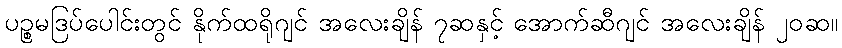
ပဉ္စမဒြပ်ပေါင်းတွင် နိုက်ထရိုဂျင် အလေးချိန် ၇ဆနှင့် အောက်ဆီဂျင် အလေးချိန် ၂၀ဆ။